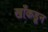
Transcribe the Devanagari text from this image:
खाँकडून